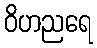
ဝိဟညရေ